Report of the King Institute of Preventive Medicine, Guindy
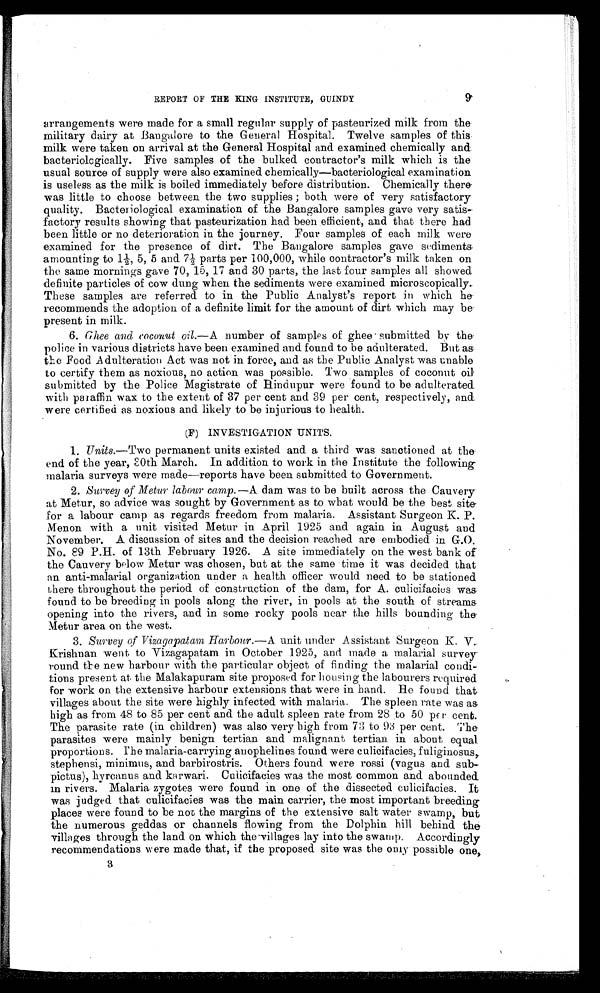
REPORT OF THE KING INSTITUTE, GUINDY
arrangements were made for a small regular supply of pasteurized milk from the
military dairy at Bangalore to the General Hospital. Twelve samples of this
milk were taken on arrival at the General Hospital and examined chemically and.
bacteriologically. Five samples of the bulked contractor's milk which is the
usual source of supply were also examined chemically—bacteriological examination
is useless as the milk is boiled immediately before distribution. Chemically there
was little to choose between the two supplies; both were of very satisfactory
quality. Bacteriological examination of the Bangalore samples gave very satis
-
factory results showing that pasteurization had been efficient, and that there had
been little or no deterioration in the journey. Four samples of each milk were
examined for the presence of dirt. The Bangalore samples gave sediments
amounting to 1½, 5, 5 and 7½ parts per 100,000, while contractor's milk taken on
the same mornings gave 70, 15, 17 and 30 parts, the last four samples all showed
definite particles of cow dung when the sediments were examined microscopically.
These samples are referred to in the Public Analyst's report in which he
recommends the adoption of a definite limit for the amount of dirt which may be
present in milk.
6. Ghee and coconut oil. —A number of samples of ghee submitted by the
police in various districts have been examined and found to be adulterated. But as
the Food Adulteration Act was not in force, and as the Public Analyst was unable
to certify them as noxious, no action was possible. Two samples of coconut oil
submitted by the Police Magistrate of Hindupur were found to be adulterated.
with paraffin wax to the extent of 37 per cent and 39 per cent, respectively, and.
were certified as noxious and likely to be injurious to health.
(F) INVESTIGATION UNITS.
1. Units. —Two permanent units existed and a third was sanctioned at the
end of the year, 30th March. In addition to work in the Institute the following
malaria surveys were made—reports have been submitted to Government.
2. Survey of Metur labour camp. —A dam was to be built across the Cauvery
at Metur, so advice was sought by Government as to what would be the best site
for a labour camp as regards freedom from malaria. Assistant Surgeon K. P.
Menon with a unit visited Metur in April 1925 and again in August and
November. A discussion of sites and the decision reached are embodied in G.O.
No. 89 P.H. of 13th February 1926. A site immediately on the west bank of
the Cauvery below Metur was chosen, but at the same time it was decided that
an anti-malarial organization under a health officer would need to be stationed
there throughout the period of construction of the dam, for A. culicifacies was.
found to be breeding in pools along the river, in pools at the south of streams.
opening into the rivers, and in some rocky pools near the hills bounding the.
Metur area on the west.
3. Survey of Vizagapatam Harbour. —A unit under Assistant Surgeon K. V.
Krishnan went to Vizagapatam in October 1925, and made a malarial survey
round the new harbour with the particular object of finding the malarial condi
-
tions present at the Malakapuram site proposed for housing the labourers required
for work on the extensive harbour extensions that were in hand. He found that
villages about the site were highly infected with malaria. The spleen rate was as
high as from 48 to 85 per cent and the adult spleen rate from 28 to 50 per cent.
The parasite rate (in children) was also very high from 73 to 93 per cent. The
parasites were mainly benign tertian and malignant tertian in about equal
proportions. The malaria-carrying anophelines found were culicifacies, fuliginosus,
stephensi, minimus, and barbirostris. Others found were rossi (vagus and sub-
pictus), hyrcanus and karwari. Culicifacies was the most common and abounded
in rivers. Malaria zygotes were found in one of the dissected culicifacies. It
was judged that culicifacies was the main carrier, the most important breeding
places were found to be not the margins of the extensive salt water swamp, but
the numerous geddas or channels flowing from the Dolphin hill behind the
villages through the land on which the villages lay into the swamp. Accordingly
recommendations were made that, if the proposed site was the only possible one,
3